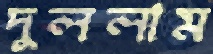
দুললাম